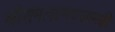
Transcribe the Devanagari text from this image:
श्रीरामलक्ष्मणजानकी